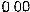
0.00